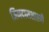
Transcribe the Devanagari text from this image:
जिनदासशास्त्री